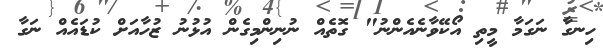
ހިނގާ ނަގަމާ މީތި އޯކޭވާނެއެންނު" ގޮތެއް ނުނިންމިގެން އުޅުނު ޒުހާއަށް ކުޑައެއް ނަގާ